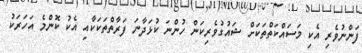
ފަންނުވެރި އެކި މަސައްކަތްތަކަށް ޝައުގުވެރިކަން ހުންނަ ކުޅަދާނަ ފަރާތްތަކަކާއި އެކު ކޮންމެ އަހަރަކު